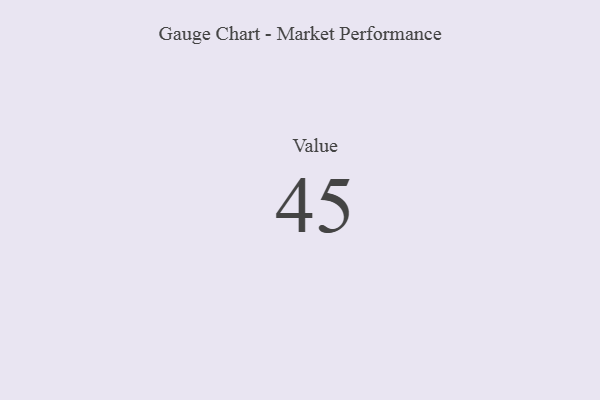
{"axis": {"x": "Metric", "y": "Value"}, "legend": [""], "data": [{"x": "Value", "y": 45, "type": ""}]}